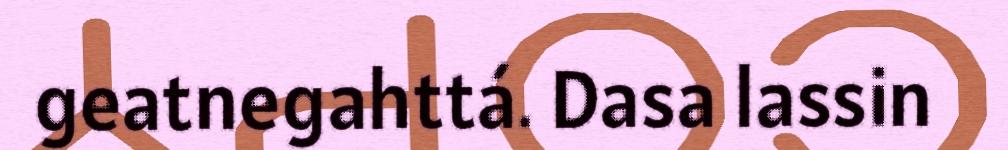
geatnegahttá. Dasa lassin